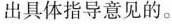
出具体指导意见的。